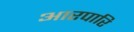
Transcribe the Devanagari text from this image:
आरपारि